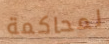
لمحاكمة